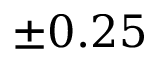
\pm 0 . 2 5